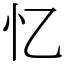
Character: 忆